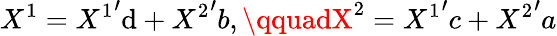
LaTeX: X^{1}={X^{1}}^{\prime}\mathrm{d}+{X^{2}}^{\prime}b,\qquadX^{2}={X^{1}}^{\prime}c+{X^{2}}^{\prime}a